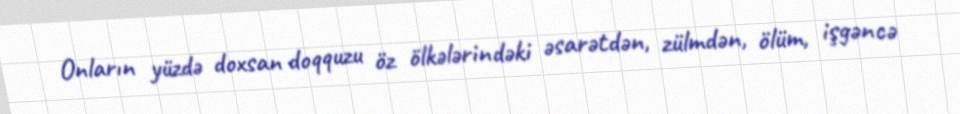
Onların yüzdə doxsan doqquzu öz ölkələrindəki əsarətdən, zülmdən, ölüm, işgəncə